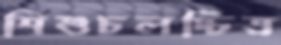
শিশুচলচ্চিত্র